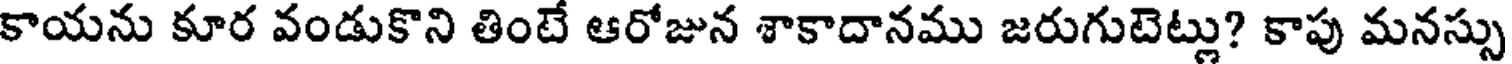
కాయను కూర వండుకొని తింటే ఆరోజున శాకాదానము జరుగుటెట్లు? కాపు మనస్సు